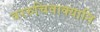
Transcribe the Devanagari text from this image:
वररुचिवाक्यानि